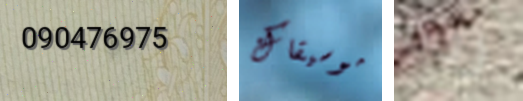
090476975 موسيقاك رده